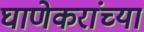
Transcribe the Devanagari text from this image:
घाणेकरांच्या